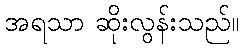
အရသာ ဆိုးလွန်းသည်။